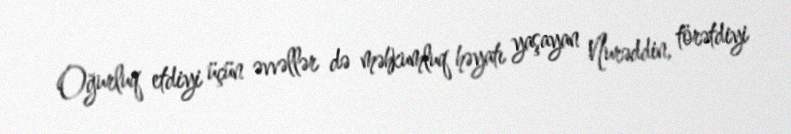
Oğurluq etdiyi üçün əvvəllər də məhkumluq həyatı yaşayan Nurəddin, törətdiyi